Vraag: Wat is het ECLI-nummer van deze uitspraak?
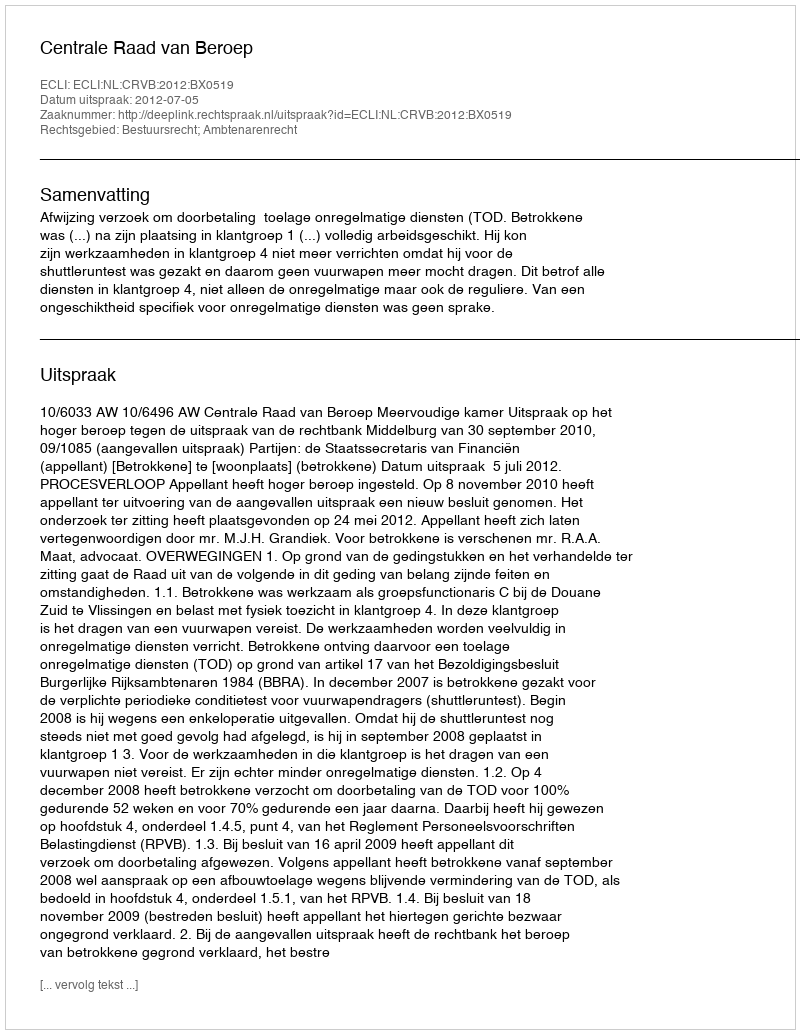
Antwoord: ECLI:NL:CRVB:2012:BX0519